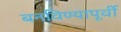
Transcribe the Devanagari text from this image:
बनविण्यापूर्वी